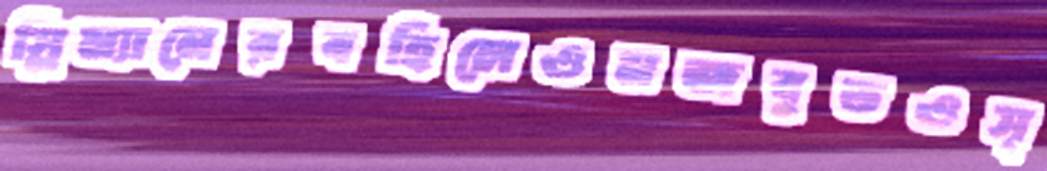
স্লিম্যানেরবহিলেওমজবুতওস্